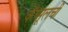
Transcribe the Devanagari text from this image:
कॅप्सूलची